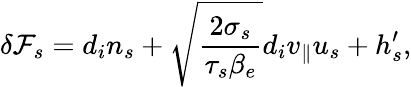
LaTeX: \delta{\mathcal F}_{s}=d_{i}n_{s}+\sqrt{\frac{2\sigma_{s}}{\tau_{s}\beta_{e}}}d_{i}v_{\parallel}u_{s}+h_{s}^{\prime},